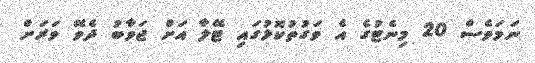
ނަމަވެސް 20 މިނެޓުގެ އެ ވަގުތުކޮޅުގައި ޓޭލާ އަށް ޖަވާބު ދެވޭ ވަރަށް